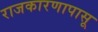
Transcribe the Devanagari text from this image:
राजकारणापासू